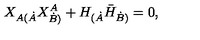
X _ { A ( \dot { A } } X _ { \dot { B } ) } ^ { A } + H _ { ( \dot { A } } \bar { H } _ { \dot { B } ) } = 0 ,